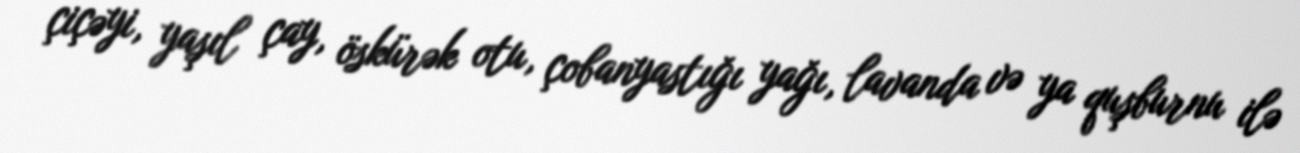
çiçəyi, yaşıl çay, öskürək otu, çobanyastığı yağı, lavanda və ya quşburnu ilə